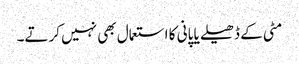
مٹی کے ڈھیلے یا پانی کا استعمال بھی نہیں کرتے۔